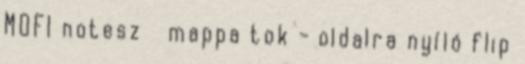
MOFI notesz mappa tok-oldalra nyíló flip